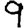
Digit: 9